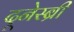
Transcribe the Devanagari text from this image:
दूनेस्ब्री